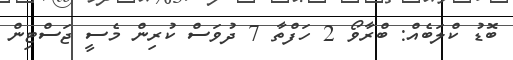
ބޮޑު ކްލަބެއް: ބްރާވޯ 2 ހަފްތާ 7 ދުވަސް ކުރިން މެސީ ޖަސްޓިން